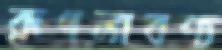
রূপলাবণ্য